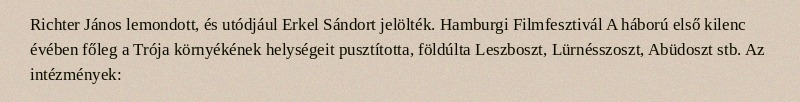
Richter János lemondott, és utódjául Erkel Sándort jelölték. Hamburgi Filmfesztivál A háború első kilenc évében főleg a Trója környékének helységeit pusztította, földúlta Leszboszt, Lürnésszoszt, Abüdoszt stb. Az intézmények: